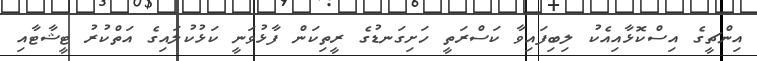
އިންޗީގެ އިސްކޮޅާއިއެކު ލިބިފައިވާ ކަސްރަތީ ހަށިގަނޑުގެ ރީތިކަން ފާޅުވަނީ ކަޅުކުލައިގެ އަތްކުރު ޓީޝާޓާއި